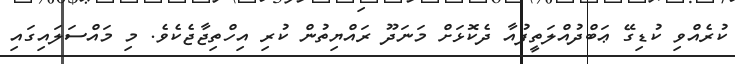
ކުރެއްވި ކުޑިގޭ ޢަބްދުއްލަތީފުއާ ދެކޮޅަށް މަނަދޫ ރައްޔިތުން ކުރި އިހްތިޖާޖެކެވެ. މި މައްސަލައިގައި